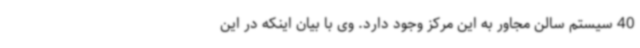
40 سیستم سالن مجاور به این مرکز وجود دارد. وی با بیان اینکه در این